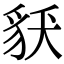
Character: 𧲶